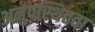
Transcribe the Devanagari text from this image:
अनुपस्थितता